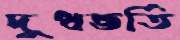
দুধভর্তি